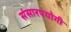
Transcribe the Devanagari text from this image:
संसारपयोगी